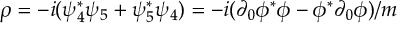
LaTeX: \rho = - i ( \psi _ { 4 } ^ { * } \psi _ { 5 } + \psi _ { 5 } ^ { * } \psi _ { 4 } ) = - i ( \partial _ { 0 } \phi ^ { * } \phi - \phi ^ { * } \partial _ { 0 } \phi ) / m